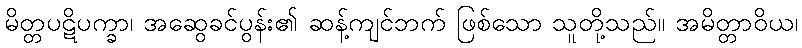
မိတ္တပဋိပက္ခာ၊ အဆွေခင်ပွန်း၏ ဆန့်ကျင်ဘက် ဖြစ်သော သူတို့သည်။ အမိတ္တာဝိယ၊